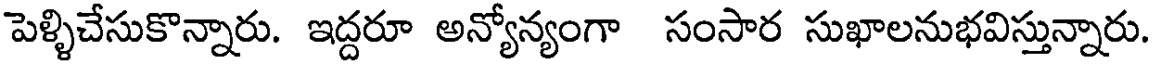
పెళ్ళిచేసుకొన్నారు. ఇద్దరూ అన్యోన్యంగా సంసార సుఖాలనుభవిస్తున్నారు.